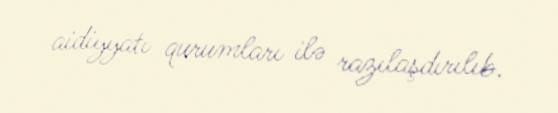
aidiyyatı qurumları ilə razılaşdırılıb.